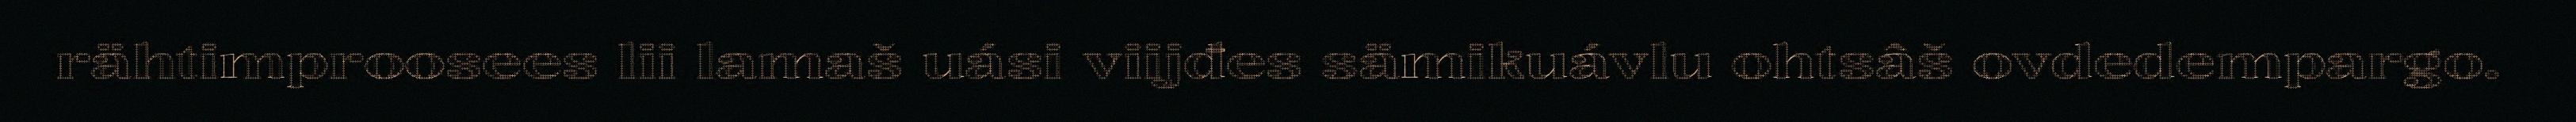
rähtimproosees lii lamaš uási viijđes sämikuávlu ohtsâš ovdedempargo.